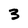
Character: 3